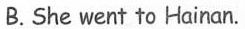
B.She went to Hainan.